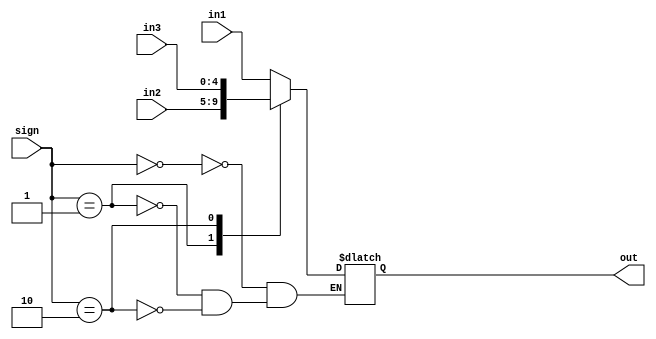
`timescale 1ns / 1ps


module mux3to1(
    input [4:0] in1,
    input [4:0] in2,
    input [4:0] in3,
    input [1:0] sign,
    output reg[4:0] out
    );
    //
    always @(in1 or in2 or in3 or sign) begin
        case (sign)
            2'b00: out = in1;
            2'b01: out = in2;
            2'b10: out = in3;
        endcase
    end
endmodule